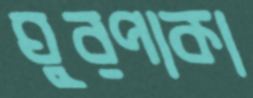
ঘুরপাকা